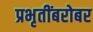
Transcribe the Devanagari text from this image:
प्रभृतींबरोबर